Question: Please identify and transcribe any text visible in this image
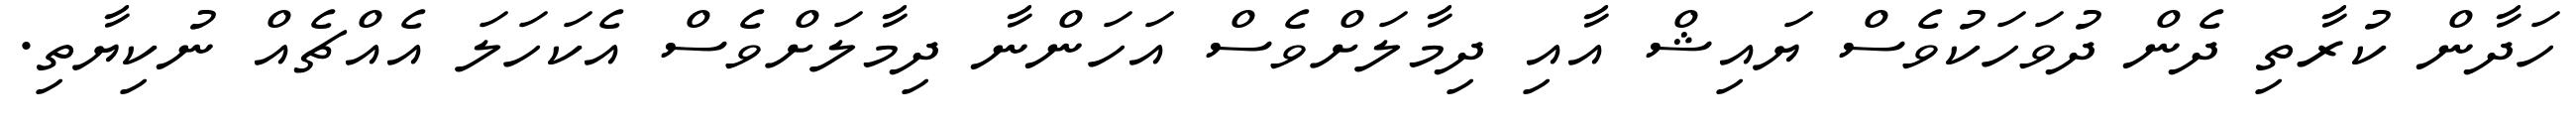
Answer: ހަދާން ކުރާތި ދެން ދުވަހަކުވެސް ޔައިޝް އާއި ދިމާލަށްވެސް އަހަންނާ ދިމާލަށްވެސް އެކަހަލަ އެއްޗެއް ނުކިޔާތި.